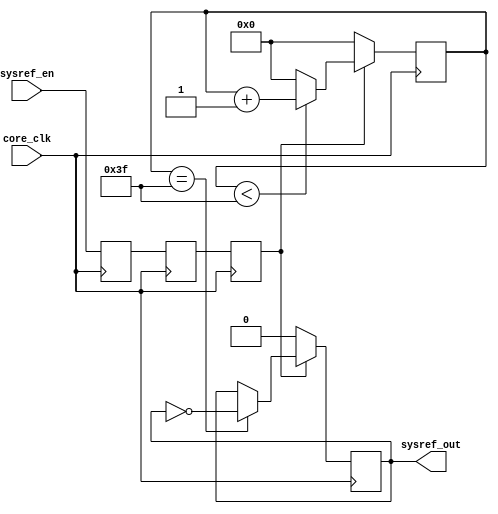
module ad_sysref_gen (
    input       core_clk,
    input       sysref_en,
    output reg  sysref_out
);
  parameter    SYSREF_PERIOD = 128;
  localparam   SYSREF_HALFPERIOD = SYSREF_PERIOD/2 - 1;
  reg  [ 7:0]   counter;
  reg           sysref_en_m1;
  reg           sysref_en_m2;
  reg           sysref_en_int;
  always @(posedge core_clk) begin
    sysref_en_m1 <= sysref_en;
    sysref_en_m2 <= sysref_en_m1;
    sysref_en_int <= sysref_en_m2;
  end
  always @(posedge core_clk) begin
    if (sysref_en_int) begin
      counter <= (counter < SYSREF_HALFPERIOD) ? counter + 1'b1 : 8'h0;
    end else begin
      counter <= 8'h0;
    end
  end
  always @(posedge core_clk) begin
    if (sysref_en_int) begin
      if (counter == SYSREF_HALFPERIOD) begin
        sysref_out <= ~sysref_out;
      end
    end else begin
      sysref_out <= 1'b0;
    end
  end
endmodule